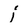
Character: i